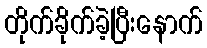
တိုက်ခိုက်ခဲ့ပြီးနောက်